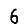
Digit: 6